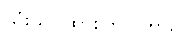
သုံးသပ်ထားကြပါတယ်။